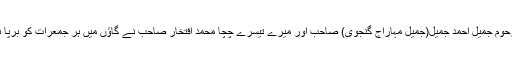
میری خوش بختی اور اللہ رب العزت کااحسان کہ میرے والد مرحوم جمیل احمد جمیلؔ(جمیؔل مہاراج گنجوی) صاحب اور میرے تیسرے چچا محمد افتخار صاحب نے گاؤں میں ہر جمعرات کو برپا ہونے والی میلاد کی محفلوں میں نعت خوانی کی تہذہب سکھائی۔